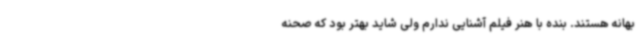
بهانه هستند. بنده با هنر فیلم آشنایی ندارم ولی شاید بهتر بود که صحنه